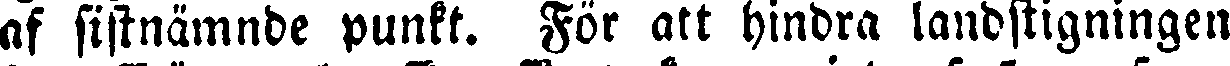
af sistnämnde punkt. För att hindra landstigningen